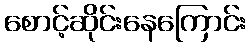
စောင့်ဆိုင်းနေကြောင်း